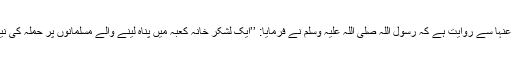
عائشہ رضی اللہ عنہا سے روایت ہے کہ رسول اللہ صلی اللہ علیہ وسلم نے فرمایا: ’’ایک لشکر خانہ کعبہ میں پناہ لینے والے مسلمانوں پر حملہ کی نیت سے جائے گا۔